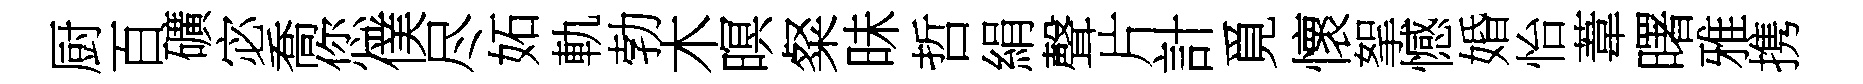
厨百礦宓喬您僕尽妬軌勃木暝粲昧哲絹聲片計覓懷挐憾婚怡葦曙雅携